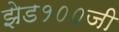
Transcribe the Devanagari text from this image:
झेड१००जी